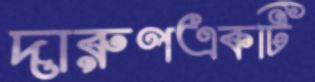
দারুণএকটি